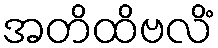
အတိထိဗလိံ